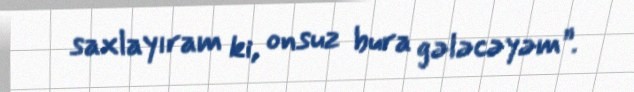
saxlayıram ki, onsuz bura gələcəyəm”.